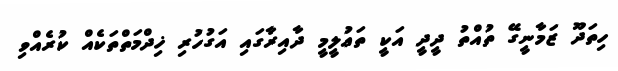
ހިތަދޫ ޒަމާނީގޭ ތުއްތު ދީދީ އަކީ ތަޢުލީމީ ދާއިރާގައި އަގުހުރި ޚިދްމަތްތަކެއް ކުރެއްވި